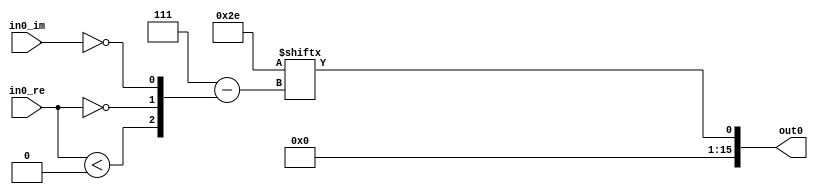
// -------------------------------------------------------------
// 
// 
// Generated by MATLAB 9.12 and HDL Coder 3.20
// 
// -------------------------------------------------------------


// -------------------------------------------------------------
// 
// Module: BPSK_Demodulator_Baseband
// Source Path: BPSK_Modulator_Demodulator/BPSK_Demodulator/BPSK Demodulator Baseband
// Hierarchy Level: 2
// 
// -------------------------------------------------------------

`timescale 1 ns / 1 ns

module BPSK_Demodulator_Baseband
          (in0_re,
           in0_im,
           out0);


  input   signed [15:0] in0_re;  // sfix16_En13
  input   signed [15:0] in0_im;  // sfix16_En13
  output  signed [15:0] out0;  // int16


  wire inphase_lt_zero;
  wire inphase_eq_zero;
  wire quadrature_eq_zero;
  wire [2:0] decisionLUTaddr;  // ufix3
  wire [0:7] DirectLookupTable_1;  // ufix1 [8]
  wire hardDecision;  // ufix1


  assign inphase_lt_zero = in0_re < 16'sb0000000000000000;



  assign inphase_eq_zero = in0_re == 16'sb0000000000000000;



  assign quadrature_eq_zero = in0_im == 16'sb0000000000000000;



  assign decisionLUTaddr = {inphase_lt_zero, inphase_eq_zero, quadrature_eq_zero};



  assign DirectLookupTable_1[0] = 1'b0;
  assign DirectLookupTable_1[1] = 1'b0;
  assign DirectLookupTable_1[2] = 1'b1;
  assign DirectLookupTable_1[3] = 1'b0;
  assign DirectLookupTable_1[4] = 1'b1;
  assign DirectLookupTable_1[5] = 1'b1;
  assign DirectLookupTable_1[6] = 1'b1;
  assign DirectLookupTable_1[7] = 1'b0;
  assign hardDecision = DirectLookupTable_1[decisionLUTaddr];



  assign out0 = {15'b0, hardDecision};



endmodule  // BPSK_Demodulator_Baseband